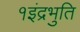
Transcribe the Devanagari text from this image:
१इंद्रभुति